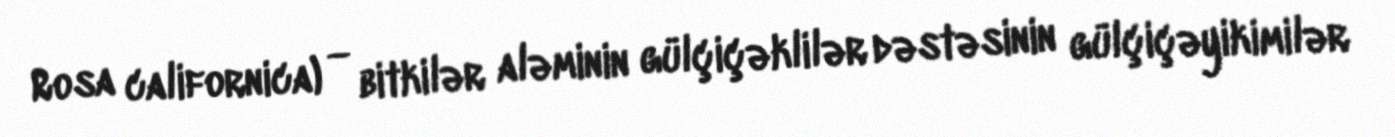
Rosa californica) — bitkilər aləminin gülçiçəklilər dəstəsinin gülçiçəyikimilər